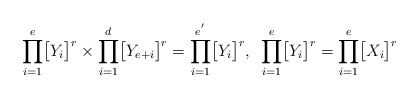
\begin{align*}\displaystyle{\prod_{i=1}^{e}}\big{[}Y_{i}\big{]}^{r}\times\displaystyle{\prod_{i=1}^{d}}\big{[}Y_{e+i}\big{]}^{r}=\displaystyle{\prod_{i=1}^{e^{'}}}\big{[}Y_{i}\big{]}^{r},\,\,\,\displaystyle{\prod_{i=1}^{e}}\big{[}Y_{i}\big{]}^{r}=\displaystyle{\prod_{i=1}^{e}}\big{[}X_{i}\big{]}^{r}\end{align*}